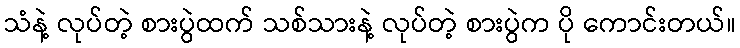
သံနဲ့ လုပ်တဲ့ စားပွဲထက် သစ်သားနဲ့ လုပ်တဲ့ စားပွဲက ပို ကောင်းတယ်။